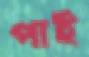
পাই